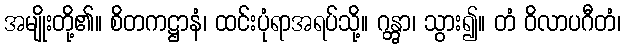
အမျိုးတို့၏။ စိတကဋ္ဌာနံ၊ ထင်းပုံရာအရပ်သို့။ ဂန္တွာ၊ သွား၍။ တံ ဝိလာပဂီတံ၊